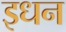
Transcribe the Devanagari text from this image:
इधन